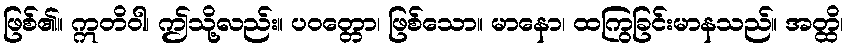
ဖြစ်၏။ ဣတိဝါ၊ ဤသို့လည်း။ ပဝတ္တော၊ ဖြစ်သော။ မာနော၊ ထကြွခြင်းမာနသည်။ အတ္ထိ၊